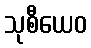
သုစီယေဝ